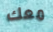
معك